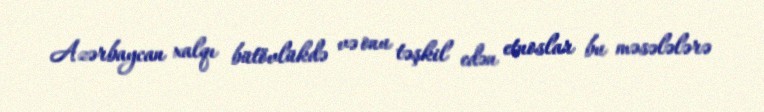
Azərbaycan xalqı bütövlükdə və onu təşkil edən etnoslar bu məsələlərə